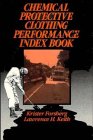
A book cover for Chemical Protective Clothing Performance; Krister Forsberg; Science & Math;